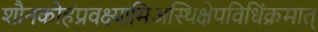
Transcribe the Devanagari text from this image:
शौनकोहंप्रवक्ष्यामिअस्थिक्षेपविधिंक्रमात्